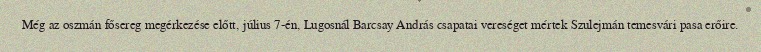
Még az oszmán fősereg megérkezése előtt, július 7-én, Lugosnál Barcsay András csapatai vereséget mértek Szulejmán temesvári pasa erőire.